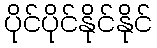
ပိုင်ပိုင်နိုင်နိုင်